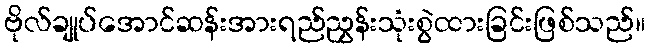
ဗိုလ်ချုပ်အောင်ဆန်းအားရည်ညွှန်းသုံးစွဲထားခြင်းဖြစ်သည်။